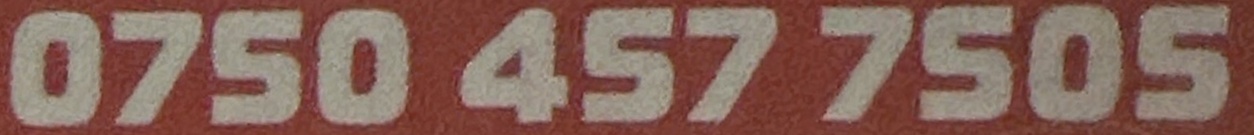
0750 457 7505